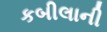
કબીલાની